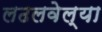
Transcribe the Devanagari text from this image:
लढलवेल्या